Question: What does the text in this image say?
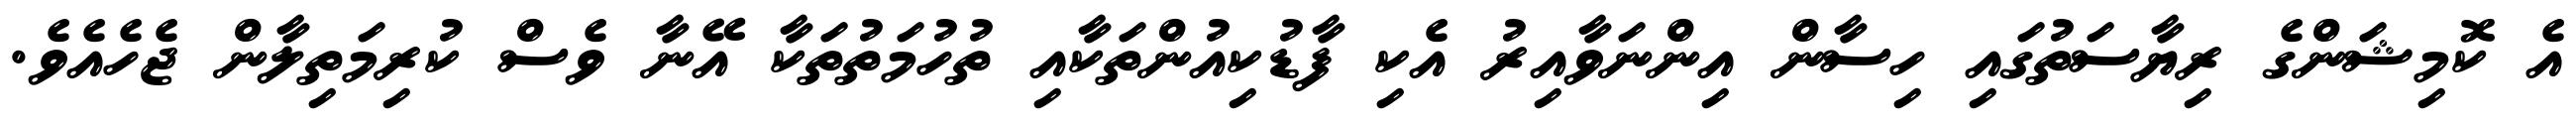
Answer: އެ ކޮމިޝަންގެ ރިޔާސަތުގައި ހިސާން އިންނަވާއިރު އެކި ފާޑުކިއުންތަކާއި ތުހުމަތުތަކާ އޭނާ ވެސް ކުރިމަތިލާން ޖެހެއެވެ.